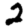
Digit: 2